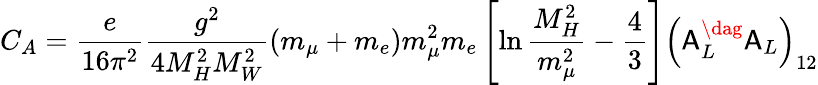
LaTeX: C_{A}=\frac{e}{16\pi^{2}}\frac{g^{2}}{4M_{H}^{2}M_{W}^{2}}\left(m_{\mu}+m_{e}\right)m_{\mu}^{2}m_{e}\left[\ln\frac{M_{H}^{2}}{m_{\mu}^{2}}-\frac{4}{3}\right]\left({\sf A}_{L}^{\dag}{\sf A}_{L}\right)_{12}